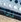
لماذا